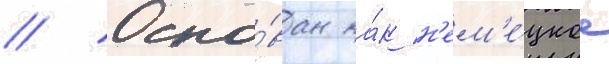
// Осно́ван ка́к н'ем'е́цкое